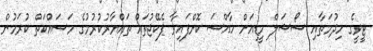
ޓީވީގެ ހިދުމަތާއި ސޯޝަލް މީޑިއަށް ހާއްސަ ކޮށްފައިވާ ޕެކޭޖުތައް ތައްޔާރުކުރުމުގެ މަސައްކަތް ކުރަމުން